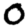
Digit: 0